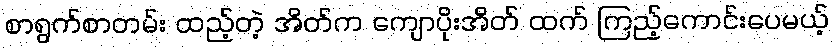
စာရွက်စာတမ်း ထည့်တဲ့ အိတ်က ကျောပိုးအိတ် ထက် ကြည့်ကောင်းပေမယ့်